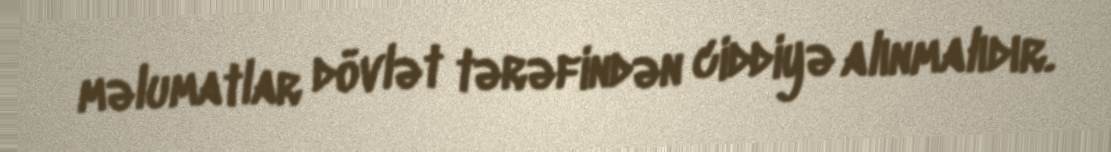
məlumatlar dövlət tərəfindən ciddiyə alınmalıdır.